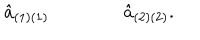
{ \hat { a } } _ { ( 1 ) ( 1 ) } \qquad \qquad { \hat { a } } _ { ( 2 ) ( 2 ) } .